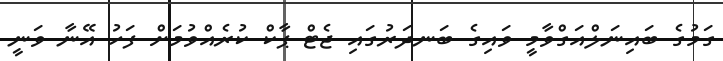
ގަމުގެ ބައިނަލްއަގްވާމީ ވައިގެ ބަނދަރުގައި ޖެޓް ޕާކް ކުރެއްވުމަށް ފަހު އޭނާ ވަނީ